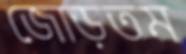
জোড়তম